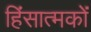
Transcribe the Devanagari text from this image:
हिंसात्मकों